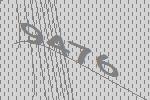
9476